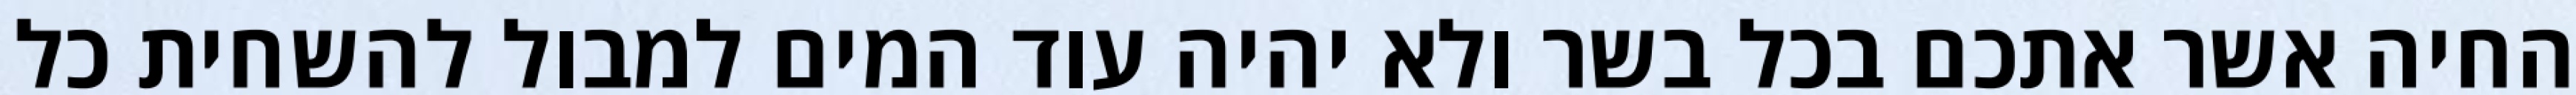
החיה אשר אתכם בכל בשר ולא יהיה עוד המים למבול להשחית כל